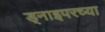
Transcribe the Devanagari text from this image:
ड्नाइपरच्या